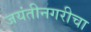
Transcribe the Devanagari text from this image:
जयंतीनगरीचा